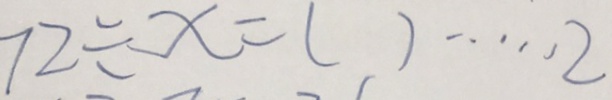
7 2 \div x = ( ) \cdots 2